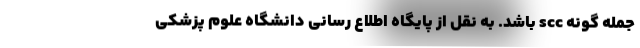
جمله گونه scc باشد. به نقل از پایگاه اطلاع رسانی دانشگاه علوم پزشکی